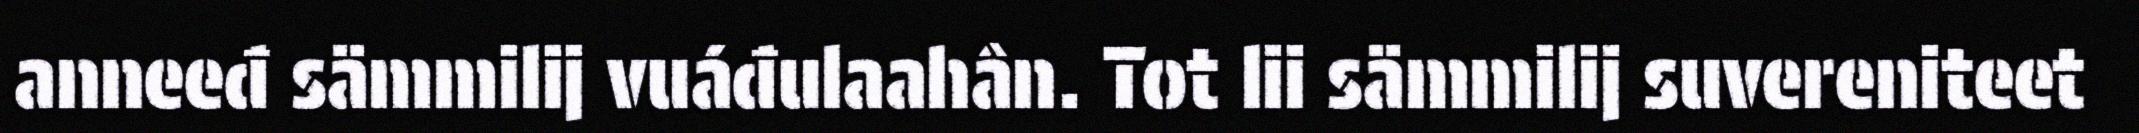
anneeđ sämmilij vuáđulaahân. Tot lii sämmilij suvereniteet